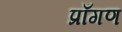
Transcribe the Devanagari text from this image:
प्राँगण